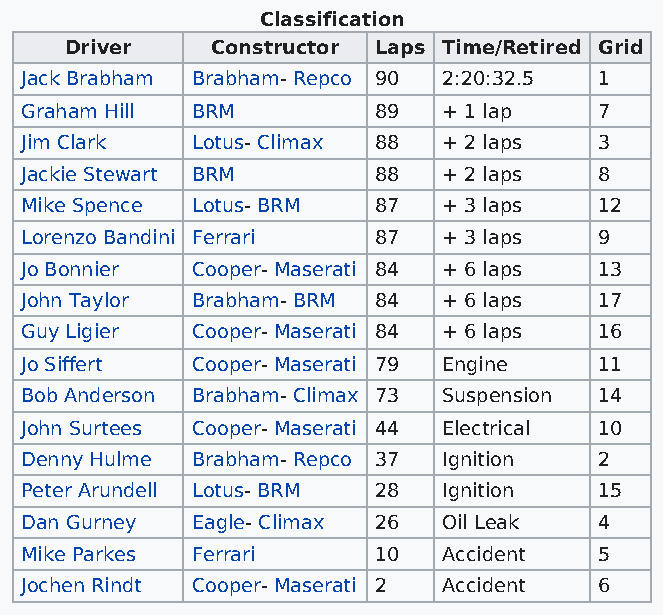
Classification
 Driver    Constructor Laps Time/Retired Grid
 Jack Brabham Brabham- Repco 90 2:20:32.5 1
 Graham Hill BRM         89  + 1 lap    7
 Jim Clark   Lotus- Climax 88 + 2 laps  3
 Jackie Stewart BRM      88  + 2 laps   8
 Mike Spence Lotus- BRM  87  + 3 laps   12
 Lorenzo Bandini Ferrari 87  + 3 laps   9
 Jo Bonnier  Cooper- Maserati 84 + 6 laps 13
 John Taylor Brabham- BRM 84 + 6 laps   17
 Guy Ligier  Cooper- Maserati 84 + 6 laps 16
 Jo Siffert  Cooper- Maserati 79 Engine 11
 Bob Anderson Brabham- Climax 73 Suspension 14
 John Surtees Cooper- Maserati 44 Electrical 10
 Denny Hulme Brabham- Repco 37 Ignition 2
 Peter Arundell Lotus- BRM 28 Ignition  15
 Dan Gurney  Eagle- Climax 26 Oil Leak  4
 Mike Parkes Ferrari     10  Accident   5
 Jochen Rindt Cooper- Maserati 2 Accident 6